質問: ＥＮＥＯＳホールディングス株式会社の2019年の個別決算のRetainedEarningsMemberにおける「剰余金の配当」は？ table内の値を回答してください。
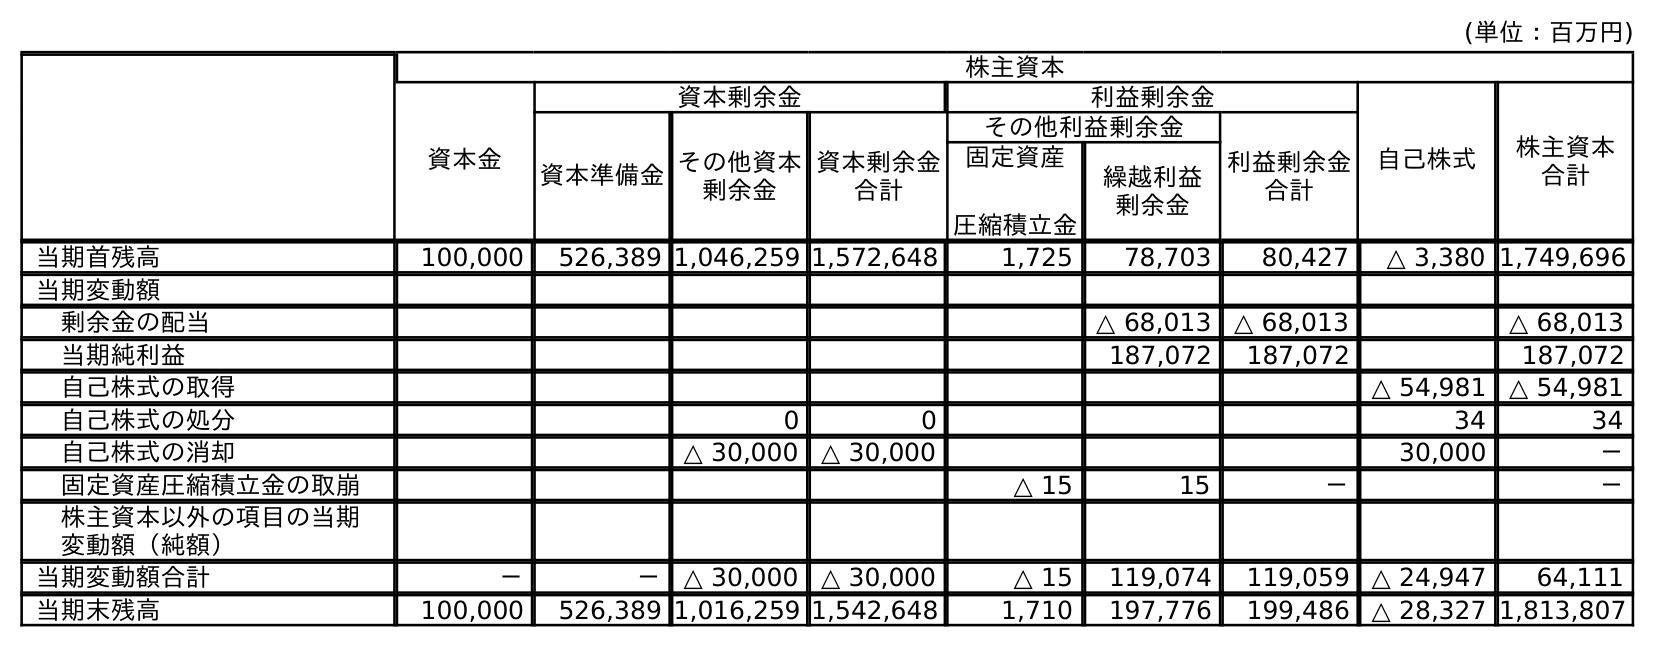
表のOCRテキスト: (単位：百万円) 株主資本 資本金 資本剰余金 利益剰余金 自己株式 株主資本 合計 資本準備金その他資本 剰余金 資本剰余金 合計 その他利益剰余金 利益剰余金 合計 固定資産 圧縮積立金 繰越利益 剰余金 当期首残高 100,000 526,389 1,046,259 1,572,648 1,725 78,703 80,427 △ 3,380 1,749,696 当期変動額 剰余金の配当 △ 68,013 △ 68,013 △ 68,013 当期純利益 187,072 187,072 187,072 自己株式の取得 △ 54,981 △ 54,981 自己株式の処分 0 0 34 34 自己株式の消却 △ 30,000 △ 30,000 30,000 － 固定資産圧縮積立金の取崩 △ 15 15 － － 株主資本以外の項目の当期 変動額（純額） 当期変動額合計 － － △ 30,000 △ 30,000 △ 15 119,074 119,059 △ 24,947 64,111 当期末残高 100,000 526,389 1,016,259 1,542,648 1,710 197,776 199,486 △ 28,327 1,813,807
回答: △68,013